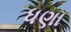
ધણા